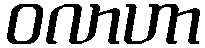
ဝလာဟာ